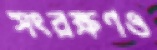
সংরক্ষণও